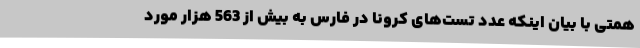
همتی با بیان اینکه عدد تست‌های کرونا در فارس به بیش از 563 هزار مورد